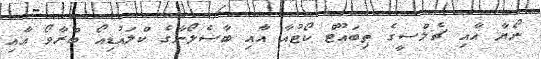
ނޯޔާ އާއި ޗެލްސީގެ ތިބައޫޓް ކޯޓުއާ އާއި ބާސެލޯނާގެ ކްލައުޑިއޯ ބްރާވޯ އާއި